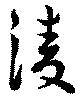
淩